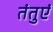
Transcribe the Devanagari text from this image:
तंतुएं